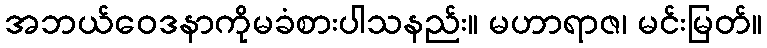
အဘယ်ဝေဒနာကိုမခံစားပါသနည်း။ မဟာရာဇ၊ မင်းမြတ်။